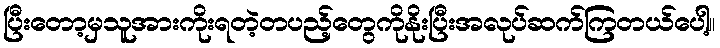
ပြီးတော့မှသူအားကိုးရတဲ့တပည့်တွေကိုနိုးပြီးအလုပ်ဆက်ကြတယ်ပေါ့။